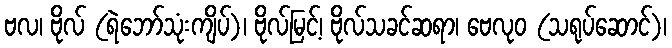
ဗလ၊ ဗိုလ် (ရဲဘော်သုံးကျိပ်)၊ ဗိုလ်မြင့်၊ ဗိုလ်သခင်ဆရာ၊ ဗေလုဝ (သရုပ်ဆောင်)၊